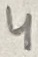
Text: 4